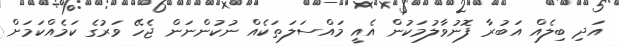
އަދި ބިލެއް އަބުރާ ފޮނުވާލުމަކުން އެއީ މައްސަލަތަކެއް ނުކުންނަން ޖެހޭ ވަރުގެ ކަމެއްކަމަށް